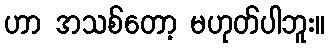
ဟာ အသစ်တော့ မဟုတ်ပါဘူး။